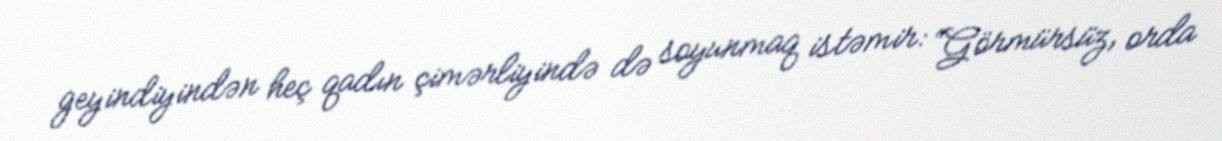
geyindiyindən heç qadın çimərliyində də soyunmaq istəmir: “Görmürsüz, orda